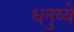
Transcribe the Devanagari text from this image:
धनुष्ये